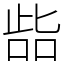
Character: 啙